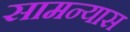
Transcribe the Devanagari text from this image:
सामन्यास